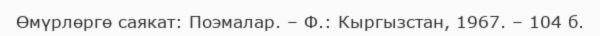
Өмүрлөргө саякат: Поэмалар. – Ф.: Кыргызстан, 1967. – 104 б.